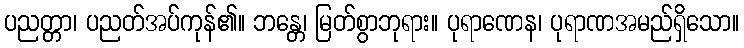
ပညတ္တာ၊ ပညတ်အပ်ကုန်၏။ ဘန္တေ၊ မြတ်စွာဘုရား။ ပုရာဏေန၊ ပုရာဏအမည်ရှိသော။